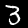
Digit: 3